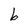
Character: b